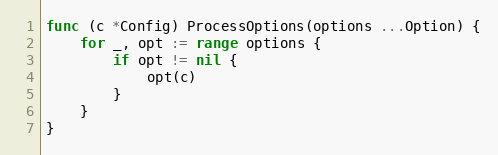
Language: Go
func (c *Config) ProcessOptions(options ...Option) {
	for _, opt := range options {
		if opt != nil {
			opt(c)
		}
	}
}